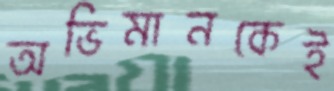
অভিমানকেই